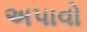
અપાવો